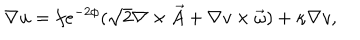
\nabla u = f e ^ { - 2 \phi } ( \sqrt { 2 } \nabla \times \vec { A } + \nabla v \times \vec { \omega } ) + \kappa \nabla v ,